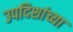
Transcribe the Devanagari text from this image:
उपदिशांच्या